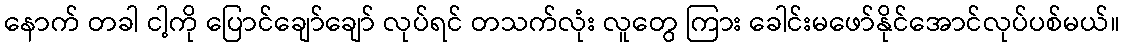
နောက် တခါ ငါ့ကို ပြောင်ချော်ချော် လုပ်ရင် တသက်လုံး လူတွေ ကြား ခေါင်းမဖော်နိုင်အောင်လုပ်ပစ်မယ်။